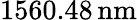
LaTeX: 1560.48\, \mathrm{nm}